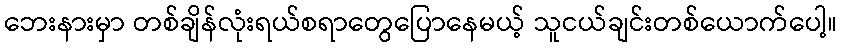
ဘေးနားမှာ တစ်ချိန်လုံးရယ်စရာတွေပြောနေမယ့် သူငယ်ချင်းတစ်ယောက်ပေါ့။